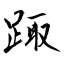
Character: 踙